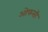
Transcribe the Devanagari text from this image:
ओफसी